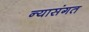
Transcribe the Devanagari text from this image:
न्यासंगत